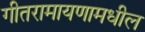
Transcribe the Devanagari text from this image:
गीतरामायणामधील